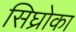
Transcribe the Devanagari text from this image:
सिघ्रोका